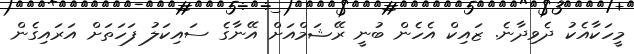
މީހަކާއެކު ދެވިދާނެ. ޒައިކް އެހެން ބުނީ ރޭޝަމްއަށް އޭނާގެ ސައިކަލު ފަހަތަށް އަރައިގެން